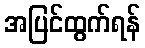
အပြင်ထွက်ရန်